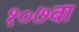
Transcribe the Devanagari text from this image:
१०७वा